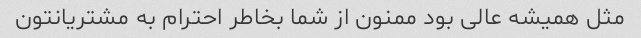
مثل همیشه عالی بود ممنون از شما بخاطر احترام به مشتریانتون